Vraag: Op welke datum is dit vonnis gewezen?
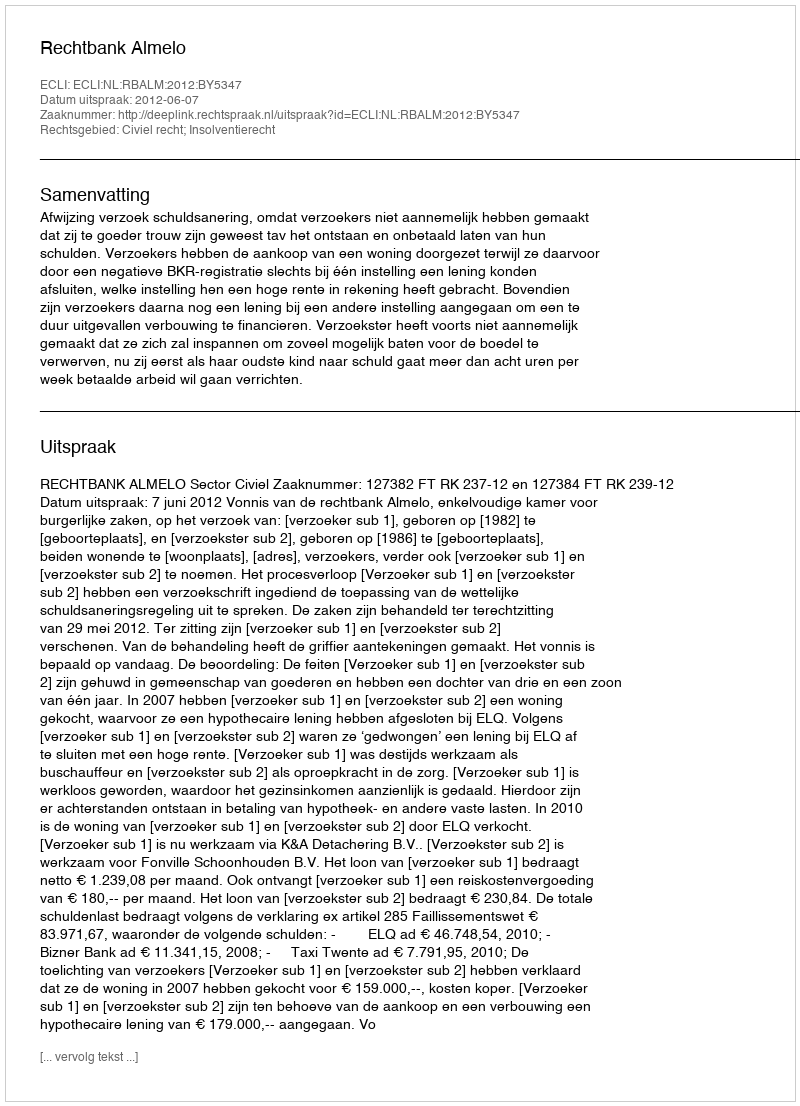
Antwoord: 2012-06-07